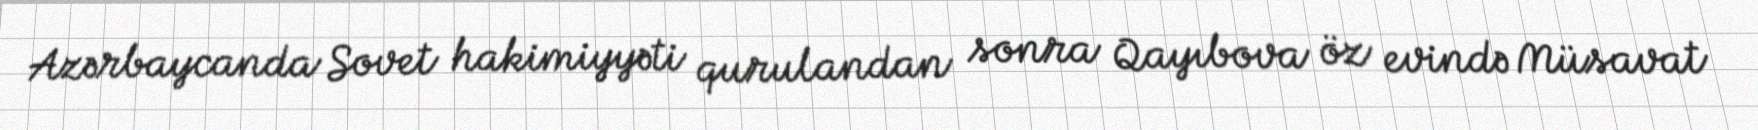
Azərbaycanda Sovet hakimiyyəti qurulandan sonra Qayıbova öz evində Müsavat